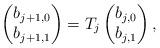
LaTeX: \begin{align*}\begin{pmatrix} b_{j+1,0} \\ b_{j+1,1} \end{pmatrix} = T_j \begin{pmatrix} b_{j,0} \\ b_{j,1} \end{pmatrix},\end{align*}